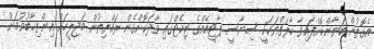
އެގޮތުން ބަޔާންކޮށްފައިވާ ހާލަތްތަކަކީ ސިޔާސީ ޕާޓީއެއްގެ ޓިކެޓްގައި ވާދަކޮށްގެން ރައްޔިތުން މަޖިލީހަށް އިންތިޚާބުވުމަށް